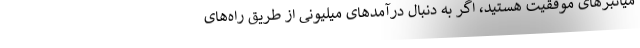
میانبرهای موفقیت هستید، اگر به دنبال درآمدهای میلیونی از طریق راه‌های